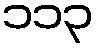
၁၁၃